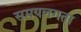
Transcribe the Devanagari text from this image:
समयलगता